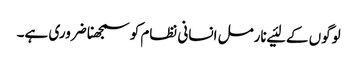
لوگوں‌ کے لئیے نارمل انسانی نظام کو سمجھنا ضروری ہے۔